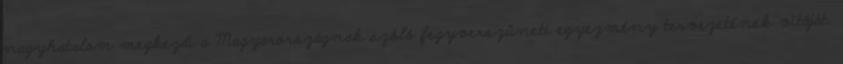
nagyhatalom megkezdi a Magyarországnak szóló fegyverszüneti egyezmény tervezetének vitáját.